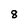
Character: 8